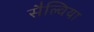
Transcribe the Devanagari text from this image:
सैल्विया